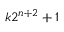
k 2 ^ { n + 2 } + 1